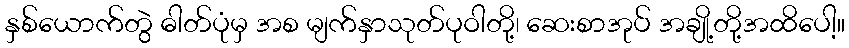
နှစ်ယောက်တွဲ ဓါတ်ပုံမှ အစ မျက်နှာသုတ်ပုဝါတို့၊ ဆေးစာအုပ် အချို့တို့အထိပေါ့။